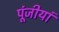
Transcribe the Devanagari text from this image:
पूंजीयां